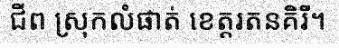
ជីព ស្រុកលំផាត់ ខេត្តរតនគិរី។